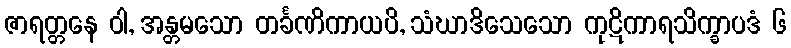
ဇာရတ္တနေ ဝါ, အန္တမသော တင်္ခဏိကာယပိ, သံဃာဒိသေသော ကုဋိကာရသိက္ခာပဒံ ၆